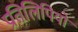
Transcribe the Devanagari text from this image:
प्रतिलिपियो